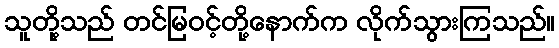
သူတို့သည် တင်မြဝင့်တို့နောက်က လိုက်သွားကြသည်။